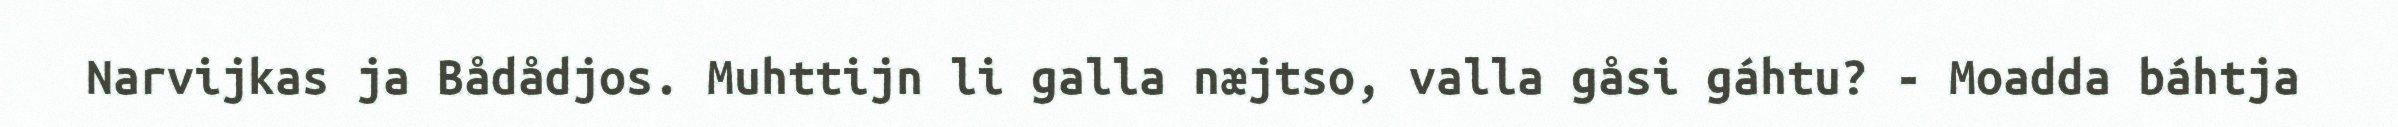
Narvijkas ja Bådådjos. Muhttijn li galla næjtso, valla gåsi gáhtu? - Moadda báhtja